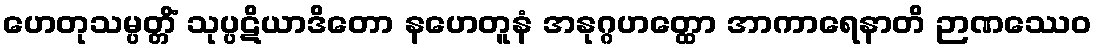
ဟေတုသမ္ပတ္တိံ သုပ္ပဋိယာဒိတော နဟေတူနံ အနုဂ္ဂဟတ္ထော အာကာရေနာတိ ဉာဏဿေဝ